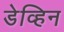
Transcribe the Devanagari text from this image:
डेव्हिन